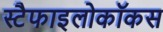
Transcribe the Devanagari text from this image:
स्टैफाइलोकॉकस